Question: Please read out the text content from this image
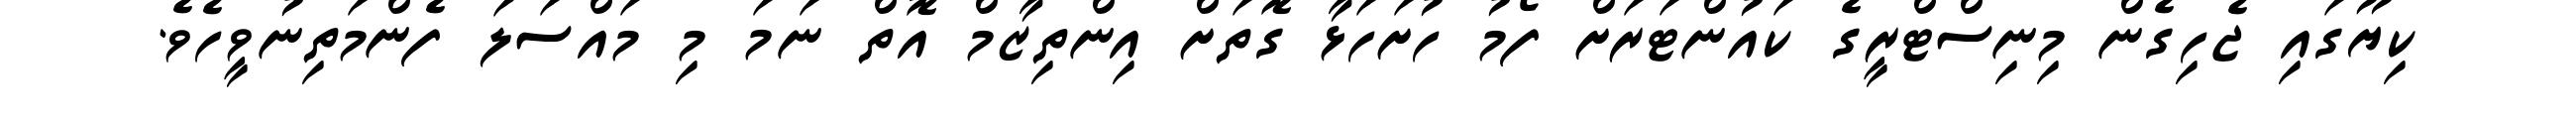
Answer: ކިޔޫގައި ޖެހިގެން މިނިސްޓްރީގެ ކައުންޓަރަށް ފޯމު ހުށަހަޅާ ގޮތަށް އިންތިޒާމް އޮތް ނަމަ މި މައްސަލަ ފެންމަތިނުވީހެވެ.